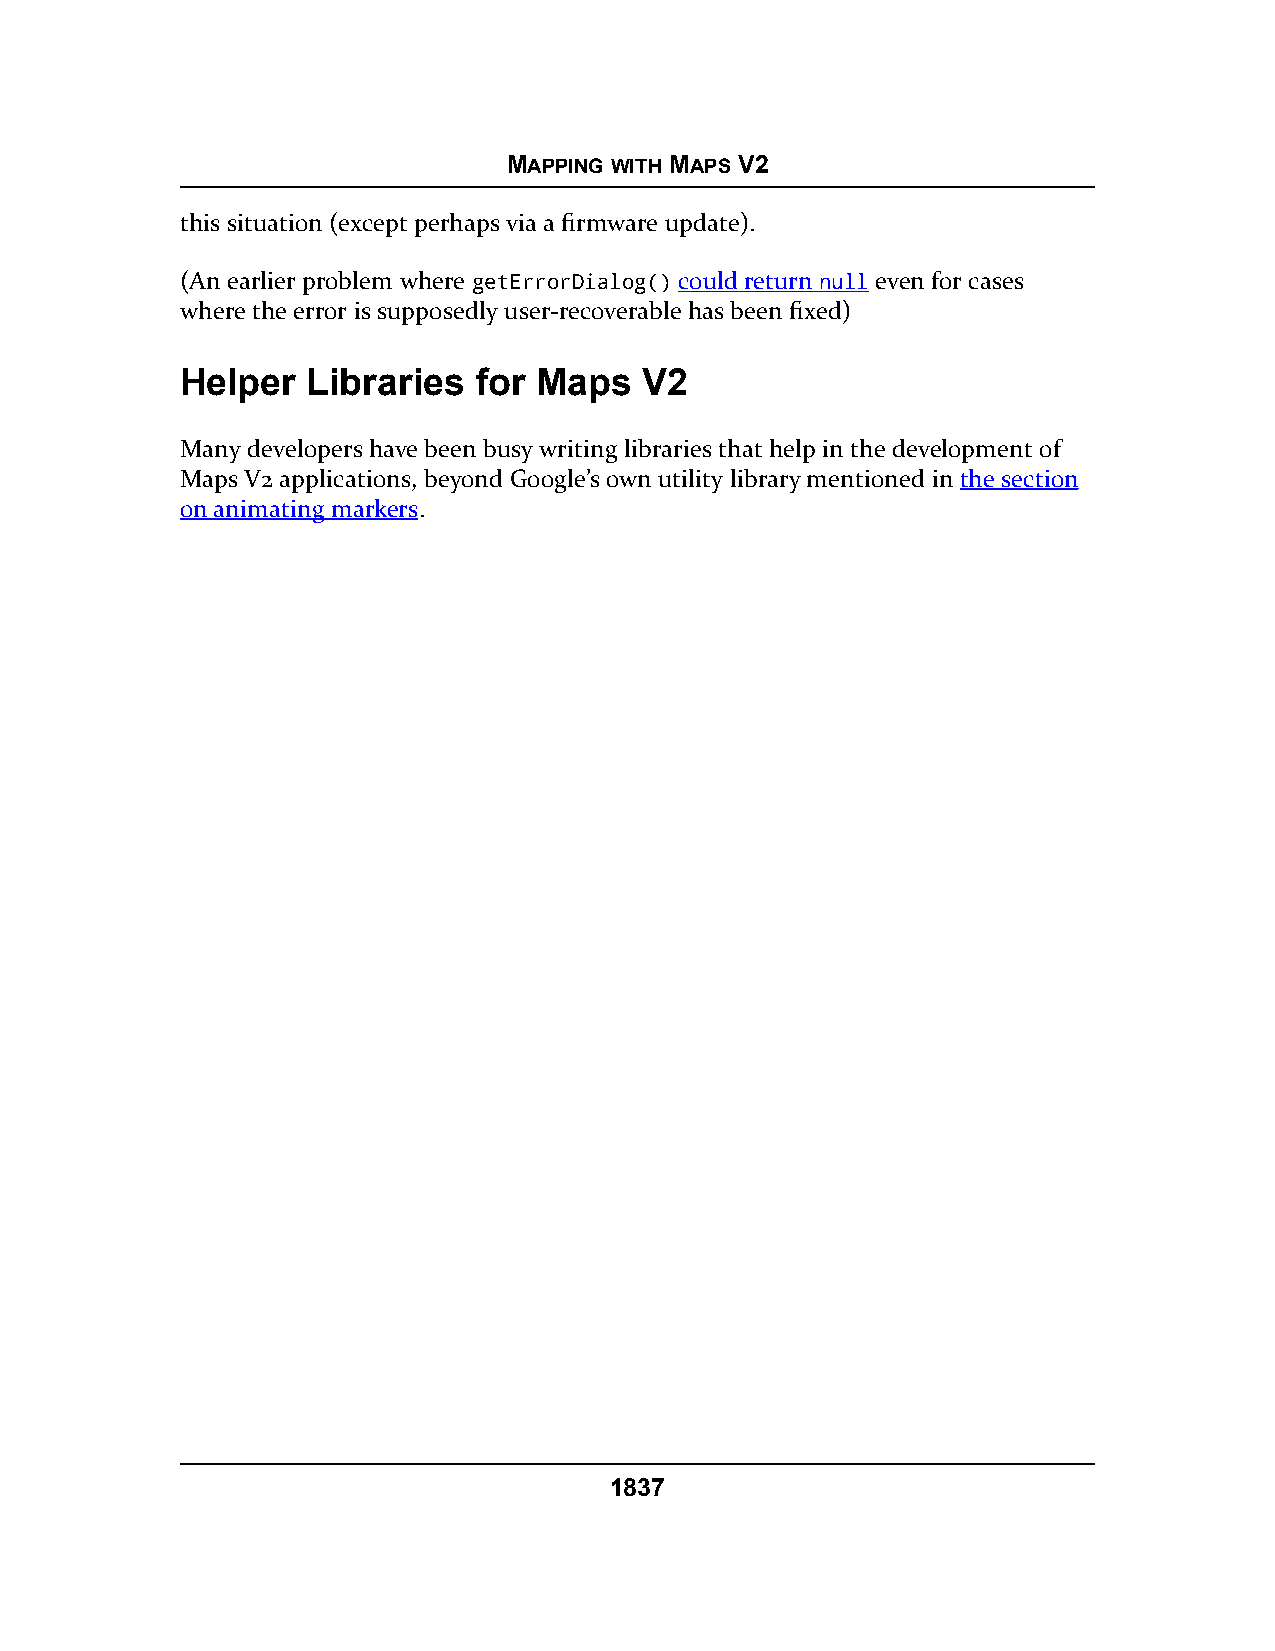
MAPPING WITH MAPS V2
 this situation (except perhaps via a firmware update).
 (An earlier problem where getErrorDialog() could return null even for cases
 where the error is supposedly user-recoverable has been fixed)
 Helper  Libraries   for Maps   V2
 Many developers have been busy writing libraries that help in the development of
 Maps V2 applications, beyond Google’s own utility library mentioned in the section
 on animating markers.
 1837